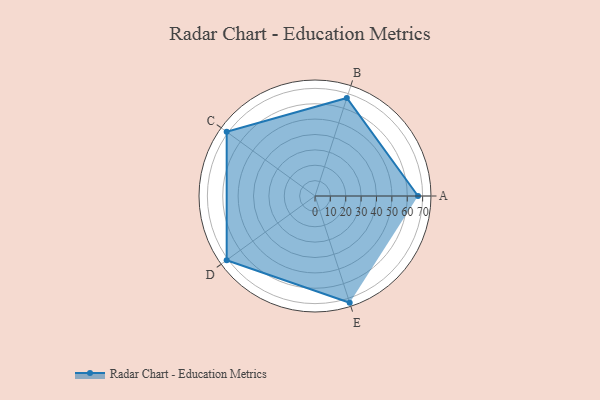
{"axis": {"x": "Skill", "y": "Score"}, "legend": ["Profile"], "data": [{"x": "A", "y": 67.0, "type": "Profile"}, {"x": "B", "y": 67.0, "type": "Profile"}, {"x": "C", "y": 71.0, "type": "Profile"}, {"x": "D", "y": 71.0, "type": "Profile"}, {"x": "E", "y": 73.0, "type": "Profile"}]}